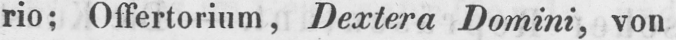
rio; Offertorium, Dextera Domini, von